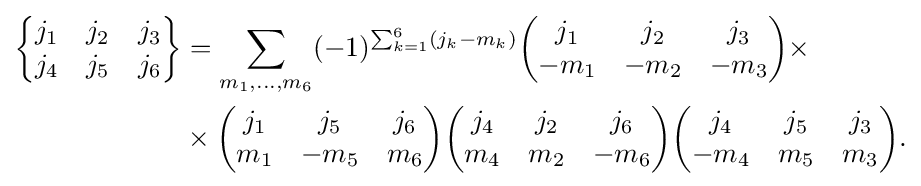
{\begin{aligned}{\begin{Bmatrix}j_{1}&j_{2}&j_{3}\\j_{4}&j_{5}&j_{6}\end{Bmatrix}}&=\sum _{m_{1},\dots ,m_{6}}(-1)^{\sum _{k=1}^{6}(j_{k}-m_{k})}{\begin{pmatrix}j_{1}&j_{2}&j_{3}\\-m_{1}&-m_{2}&-m_{3}\end{pmatrix}}\times \\&\times {\begin{pmatrix}j_{1}&j_{5}&j_{6}\\m_{1}&-m_{5}&m_{6}\end{pmatrix}}{\begin{pmatrix}j_{4}&j_{2}&j_{6}\\m_{4}&m_{2}&-m_{6}\end{pmatrix}}{\begin{pmatrix}j_{4}&j_{5}&j_{3}\\-m_{4}&m_{5}&m_{3}\end{pmatrix}}.\end{aligned}}